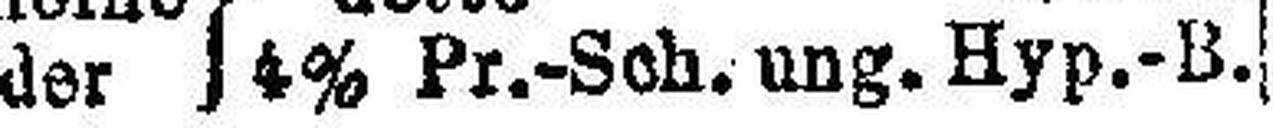
der 4% Pr.-Sch. ung. Hyp.-B.